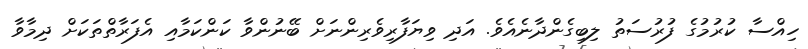
ހިއްސާ ކުރުމުގެ ފުރުސަތު ލިބިގެންދާނެއެވެ. އަދި ވިޔަފާރިވެރިންނަށް ބޭނުންވާ ކަންކަމާއި އެފަރާތްތަކަށް ދިމާވާ